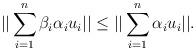
LaTeX: \begin{align*}||\sum_{i=1}^n \beta_i\alpha_iu_i|| \leq ||\sum_{i=1}^n\alpha_iu_i||.\end{align*}